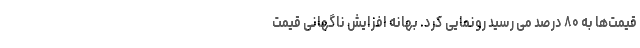
قیمت‌ها به ۸۰ درصد می رسید رونمایی کرد. بهانه افزایش ناگهانی قیمت